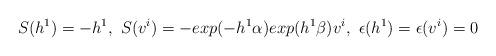
LaTeX: \begin{align*}S(h^{1})= - h^{1},\ S(v^{i})=- exp (-h^{1} \alpha ) exp(h^{1} \beta ) v^{i} , \ \epsilon (h^{1}) = \epsilon (v^{i})=0\end{align*}